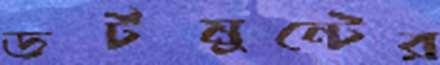
ডর্টমুন্টের